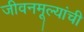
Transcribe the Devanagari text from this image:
जीवनमूल्यांची